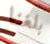
بلغنا